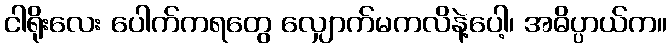
ငါရိုးလေး ပေါက်ကရတွေ လျှောက်မကလိနဲ့ပေါ့၊ အဓိပ္ပာယ်က။